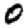
Digit: 0